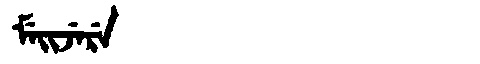
Manchu: ᠮᡝᡳᠵᡝᡵᡝ
Romanization: MEIJERE